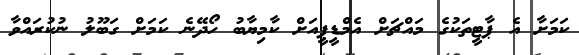
ކަމަށާ އެ ޕާޓީތަކުގެ މައްޗަށް އެމްޑީޕީއަށް ކާމިޔާބު ހޯދޭނެ ކަމަށް ގަބޫލު ނުކުރައްވާ